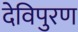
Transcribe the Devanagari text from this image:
देविपुरण